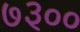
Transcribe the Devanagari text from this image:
७३००